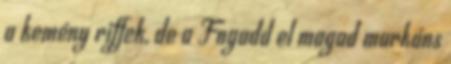
a kemény riffek, de a Fogadd el magad markáns